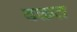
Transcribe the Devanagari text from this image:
वक्तत